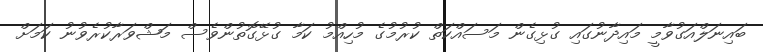
ބައިނަލްއަގުވާމީ މައިދާނުގައި ގުޅިގެން މަސައްކަތް ކުރުމުގެ މުހިއްމު ކަމާ ގުޅޭގޮތުންވެސް މަޝްވަރާކުރެވުނު ކަމަށް